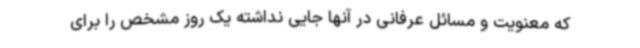
که معنویت و مسائل عرفانی در آنها جایی نداشته یک روز مشخص را برای